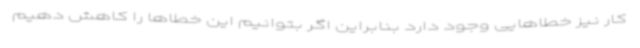
کار نیز خطاهایی وجود دارد بنابراین اگر بتوانیم این خطاها را کاهش دهیم